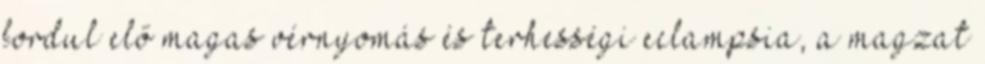
fordul elő magas vérnyomás és terhességi eclampsia, a magzat